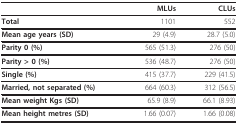
<table><thead><tr><td></td><td><b>MLUs</b></td><td><b>CLUs</b></td></tr></thead><tbody><tr><td><b>Total</b></td><td>1101</td><td>552</td></tr><tr><td><b>Mean age years (SD)</b></td><td>29 (4.9)</td><td>28.7 (5.0)</td></tr><tr><td><b>Parity 0 (%)</b></td><td>565 (51.3)</td><td>276 (50)</td></tr><tr><td><b>Parity &gt; 0 (%)</b></td><td>536 (48.7)</td><td>276 (50)</td></tr><tr><td><b>Single (%)</b></td><td>415 (37.7)</td><td>229 (41.5)</td></tr><tr><td><b>Married, not separated (%)</b></td><td>664 (60.3)</td><td>312 (56.5)</td></tr><tr><td><b>Mean weight Kgs (SD)</b></td><td>65.9 (8.9)</td><td>66.1 (8.93)</td></tr><tr><td><b>Mean height metres (SD)</b></td><td>1.66 (0.07)</td><td>1.66 (0.08)</td></tr></tbody></table>